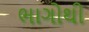
ભાગોથી